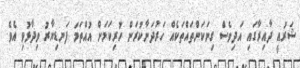
ޝަރުއީ ދާއިރާގައި އަދިވެސް ގިނަކަންތައްތަކެއް ހަރުދަނާކުރަން ހުރިކަމަށް އުއްތަމަ ފަނޑިޔާރު ވިދާޅުވި އެވެ.